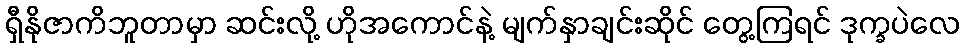
ရှီနိုဇာကိဘူတာမှာ ဆင်းလို့ ဟိုအကောင်နဲ့ မျက်နှာချင်းဆိုင် တွေ့ကြရင် ဒုက္ခပဲလေ